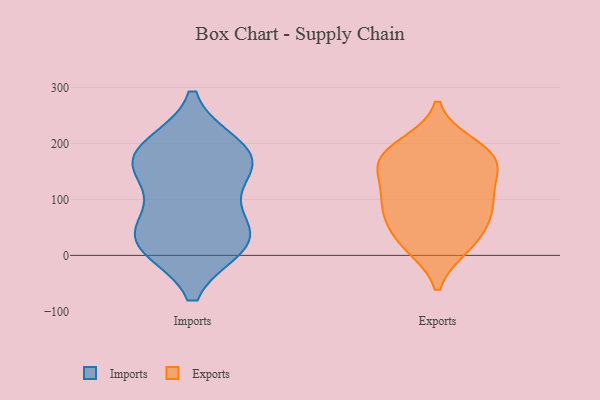
{"axis": {"x": "LTV (USD)", "y": "Value"}, "legend": ["Exports", "Imports"], "data": [{"x": "", "y": 193, "type": "Imports"}, {"x": "", "y": 165, "type": "Imports"}, {"x": "", "y": 19, "type": "Imports"}, {"x": "", "y": 22, "type": "Imports"}, {"x": "", "y": 28, "type": "Imports"}, {"x": "", "y": 73, "type": "Imports"}, {"x": "", "y": 155, "type": "Imports"}, {"x": "", "y": 159, "type": "Imports"}, {"x": "", "y": 186, "type": "Imports"}, {"x": "", "y": 33, "type": "Imports"}, {"x": "", "y": 93, "type": "Exports"}, {"x": "", "y": 175, "type": "Exports"}, {"x": "", "y": 18, "type": "Exports"}, {"x": "", "y": 170, "type": "Exports"}, {"x": "", "y": 35, "type": "Exports"}, {"x": "", "y": 196, "type": "Exports"}, {"x": "", "y": 17, "type": "Exports"}, {"x": "", "y": 71, "type": "Exports"}, {"x": "", "y": 183, "type": "Exports"}, {"x": "", "y": 87, "type": "Exports"}, {"x": "", "y": 81, "type": "Exports"}, {"x": "", "y": 138, "type": "Exports"}, {"x": "", "y": 168, "type": "Exports"}, {"x": "", "y": 129, "type": "Exports"}]}